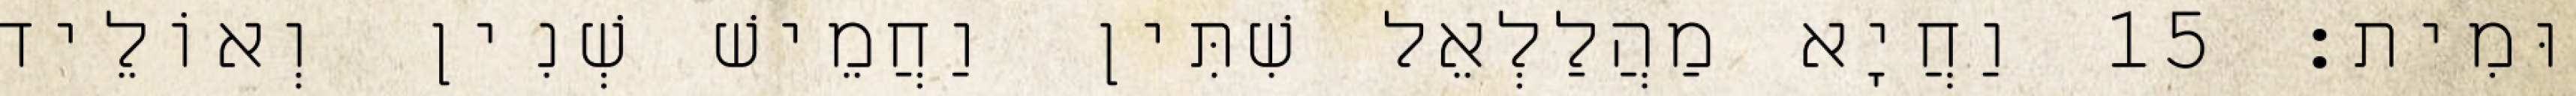
וּמִית׃ 15 וַחֲיָא מַהֲלַלְאֵל שִׁתִּין וַחֲמֵישׁ שְׁנִין וְאוֹלֵיד